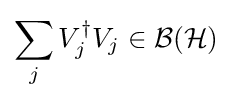
\sum _{j}V_{j}^{\dagger }V_{j}\in {\mathcal {B}}({\mathcal {H}})